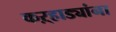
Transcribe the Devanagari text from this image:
कऱ्हाड्यांना